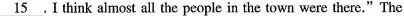
\underline{15} .I think almost all the people in the town were there."The